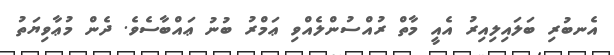
އެނބުރި ބަލައިލިއިރު އެއީ މާތް ރުއްސުންލެއްވި ޢަމްރު ބުނު ޢައްބާސެވެ. ދެން މުޢާވިޔަތު